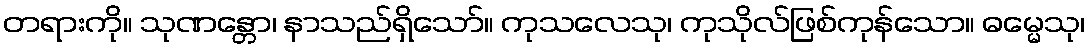
တရားကို။ သုဏန္တော၊ နာသည်ရှိသော်။ ကုသလေသု၊ ကုသိုလ်ဖြစ်ကုန်သော။ ဓမ္မေသု၊